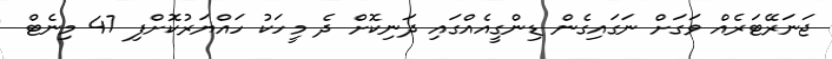
ޖަނަރޭޓަރެއް ވަގަށް ނަގައިގެން ޑިންގީއެއްގައި ދަނިކޮށް ދެ މީހަކު ހައްޔަރުކޮށްފި 47 މިނެޓް